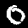
Label: 0